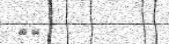
٥٨